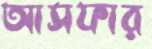
আসফার